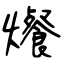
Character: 爘